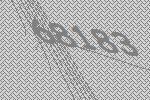
68183